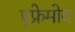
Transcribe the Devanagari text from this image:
एफ्रेमोव